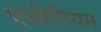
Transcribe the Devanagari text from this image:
एथीनियम